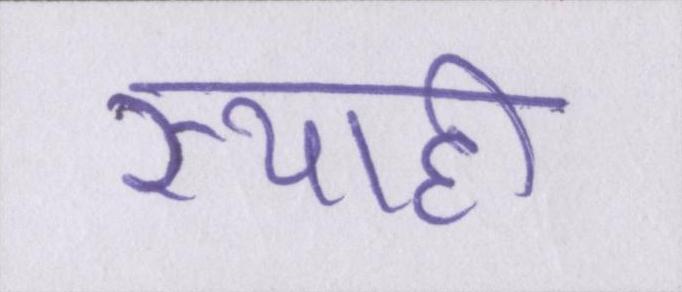
स्याही